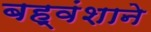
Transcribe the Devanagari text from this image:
बह्वंशाने